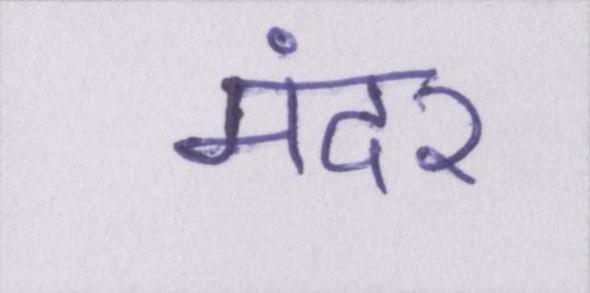
मंदेर